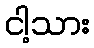
ငါ့သား